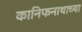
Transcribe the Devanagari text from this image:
कानिफनाथाच्या